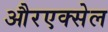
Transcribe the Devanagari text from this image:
औरएक्सेल